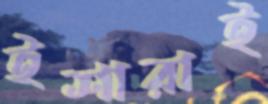
ইশারাই